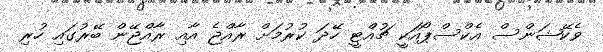
ވެކޭޝަންސް އެކްސްޕޯއަކީ ޗުއްޓީ ހޭދަ ކުރުމަށް ރާއްޖެ އާއި ރާއްޖޭން ބޭރުގައި ހުރި